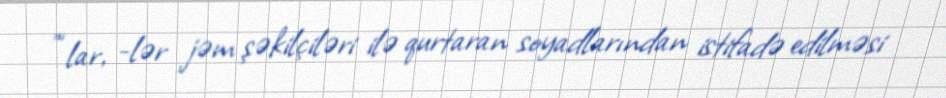
”“lar, -lər jəm şəkilçiləri ilə qurtaran soyadlarından istifadə edilməsi